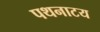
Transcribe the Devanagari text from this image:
पथनाटय